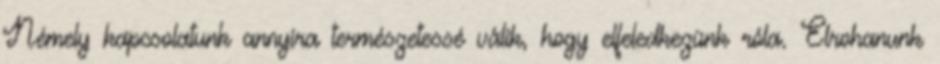
Némely kapcsolatunk annyira természetessé válik, hogy elfeledkezünk róla. Elrohanunk